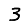
Digit: 3